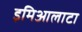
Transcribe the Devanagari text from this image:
इमिआलाटा